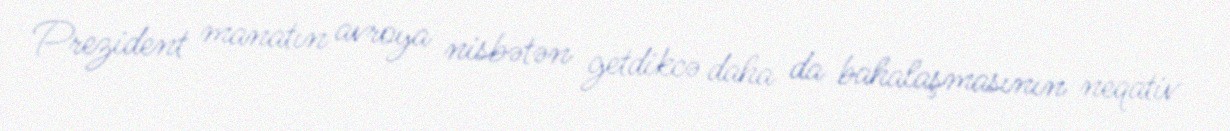
Prezident manatın avroya nisbətən getdikcə daha da bahalaşmasının neqativ